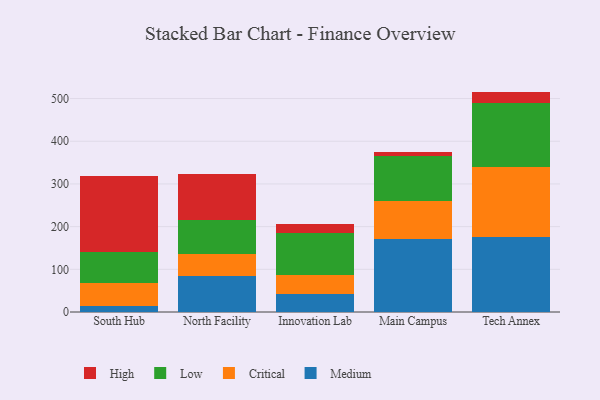
{"axis": {"x": "Campus", "y": "Demand Index"}, "legend": ["Critical", "High", "Low", "Medium"], "data": [{"x": "South Hub", "y": 14.3, "type": "Medium"}, {"x": "South Hub", "y": 53.1, "type": "Critical"}, {"x": "South Hub", "y": 72.5, "type": "Low"}, {"x": "South Hub", "y": 178.2, "type": "High"}, {"x": "North Facility", "y": 83.7, "type": "Medium"}, {"x": "North Facility", "y": 51.8, "type": "Critical"}, {"x": "North Facility", "y": 80.2, "type": "Low"}, {"x": "North Facility", "y": 108.6, "type": "High"}, {"x": "Innovation Lab", "y": 43.2, "type": "Medium"}, {"x": "Innovation Lab", "y": 44.6, "type": "Critical"}, {"x": "Innovation Lab", "y": 96.4, "type": "Low"}, {"x": "Innovation Lab", "y": 20.8, "type": "High"}, {"x": "Main Campus", "y": 171.5, "type": "Medium"}, {"x": "Main Campus", "y": 88.2, "type": "Critical"}, {"x": "Main Campus", "y": 106.7, "type": "Low"}, {"x": "Main Campus", "y": 7.3, "type": "High"}, {"x": "Tech Annex", "y": 176.4, "type": "Medium"}, {"x": "Tech Annex", "y": 164.4, "type": "Critical"}, {"x": "Tech Annex", "y": 149.8, "type": "Low"}, {"x": "Tech Annex", "y": 25.7, "type": "High"}]}